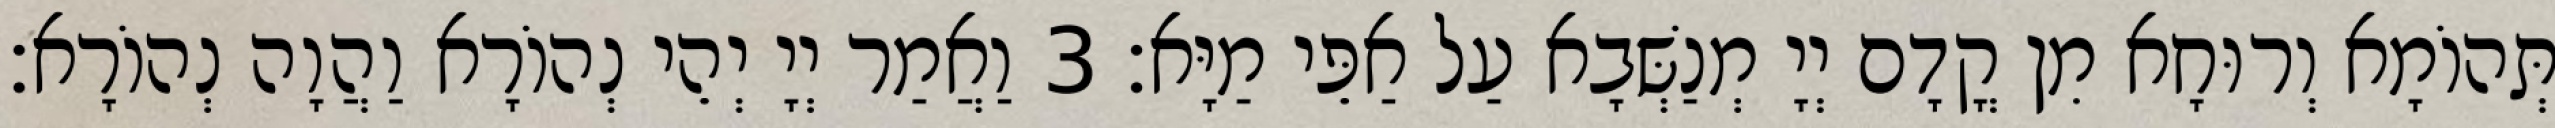
תְּהוֹמָא וְרוּחָא מִן קֳדָם יְיָ מְנַשְּׁבָא עַל אַפֵּי מַיָּא׃ 3 וַאֲמַר יְיָ יְהֵי נְהוֹרָא וַהֲוָה נְהוֹרָא׃